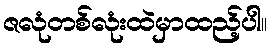
ဇလုံတစ်လုံးထဲမှာထည့်ပါ။